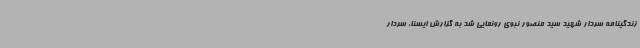
زندگینامه سردار شهید سید منصور نبوی رونمایی شد به گزارش ایسنا، سردار